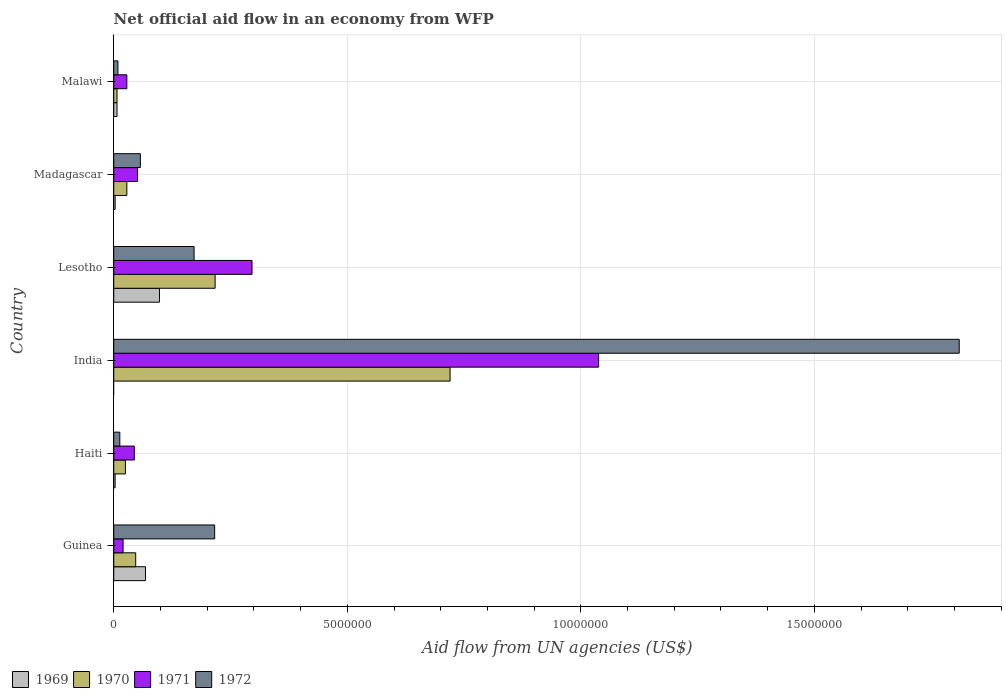
| Country | 1969 | 1970 | 1971 | 1972 |
 | --- | --- | --- | --- | --- |
 | Guinea | 6.8e+05 | 4.7e+05 | 2e+05 | 2.16e+06 |
 | Haiti | 3e+04 | 2.5e+05 | 4.4e+05 | 1.3e+05 |
 | India | -2.06e+06 | 7.2e+06 | 1.04e+07 | 1.81e+07 |
 | Lesotho | 9.8e+05 | 2.17e+06 | 2.96e+06 | 1.72e+06 |
 | Madagascar | 3e+04 | 2.8e+05 | 5.1e+05 | 5.7e+05 |
 | Malawi | 7e+04 | 7e+04 | 2.8e+05 | 9e+04 |